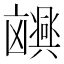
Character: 𫥮